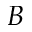
B